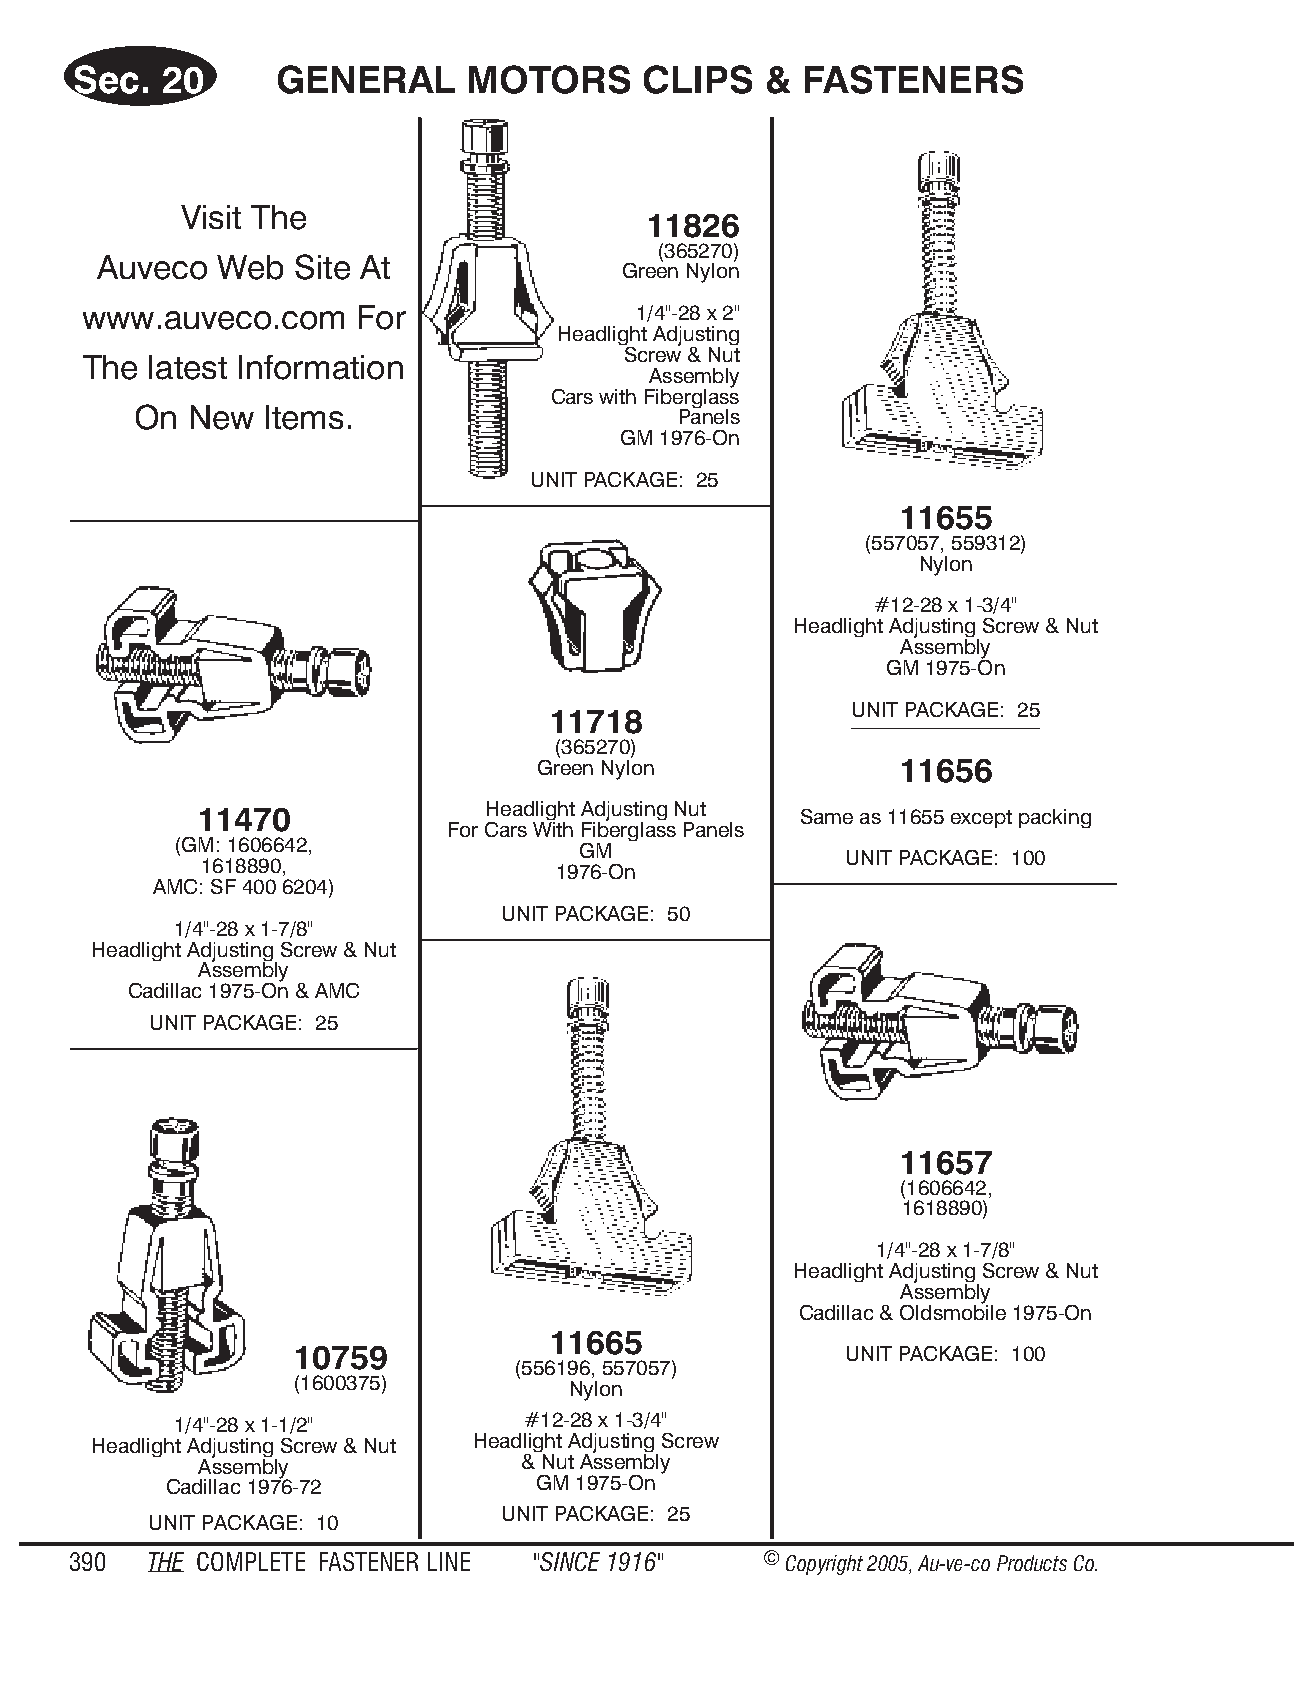
Sec.  20      GENE   RAL  MO  TORS    CLIPS   & FAS  TENE   RS
 Visit The
 11826
 (365270)
 Auveco  Web  Site At
 Green Nylon
 www.auveco.com    For               1/4"-28 x 2"
 Headlight Adjusting
 Screw & Nut
 The latest Information
 Assembly
 Cars with Fiberglass
 On  New  Items.                     Panels
 GM 1976-On
 UNIT PACKAGE: 25
 11655
 (557057, 559312)
 Nylon
 #12-28 x 1-3/4"
 Headlight Adjusting Screw & Nut
 Assembly
 GM 1975-On
 UNIT PACK AGE: 25
 11718
 (365270)
 Green Nylon             11656
 11470              Headlight Adjusting Nut Same as 11655 except packing
 For Cars With Fiberglass Panels
 (GM: 1606642,              GM
 UNIT PACKAGE: 100
 1618890,               1976-On
 AMC: SF 400 6204)
 UNIT PACKAGE: 50
 1/4"-28 x 1-7/8"
 Headlight Adjusting Screw & Nut
 Assembly
 Cadillac 1975-On & AMC
 UNIT PACKAGE: 25
 11657
 (1606642,
 1618890)
 1/4"-28 x 1-7/8"
 Headlight Adjusting Screw & Nut
 Assembly
 Cadillac & Oldsmobile 1975-On
 11665
 10759                               UNIT PACKAGE: 100
 (556196, 557057)
 (1600375)         Nylon
 1/4"-28 x 1-1/2"       #12-28 x 1-3/4"
 Headlight Adjusting Screw & Nut Headlight Adjusting Screw
 Assembly              & Nut Assembly
 Cadillac 1976-72         GM 1975-On
 UNIT PACKAGE: 25
 UNIT PACKAGE: 10
 390  THE COM PLETE FAST ENER LINE "SINCE 1916" © Copyr ight 2005, Au-ve-co Produ cts Co.